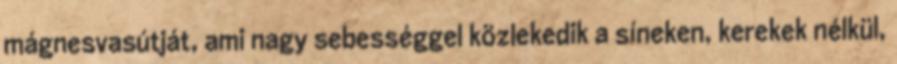
mágnesvasútját, ami nagy sebességgel közlekedik a síneken, kerekek nélkül,